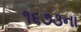
૧૬૭૩ના